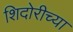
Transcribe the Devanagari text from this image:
शिदोरीच्या